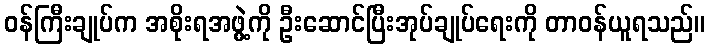
ဝန်ကြီးချုပ်က အစိုးရအဖွဲ့ကို ဦးဆောင်ပြီးအုပ်ချုပ်ရေးကို တာဝန်ယူရသည်။